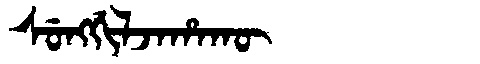
Manchu: ᠰᡠᠩᡤᡳᠯᠵᠠᡥᠠᡴᡡ
Romanization: SUNGGILJAHAKŪ